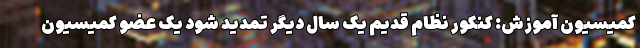
کمیسیون آموزش: کنکور نظام قدیم یک سال دیگر تمدید شود یک عضو کمیسیون